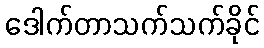
ဒေါက်တာသက်သက်ခိုင်